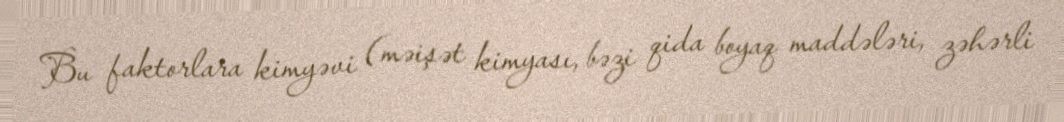
Bu faktorlara kimyəvi (məişət kimyası, bəzi qida boyaq maddələri, zəhərli